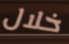
خلال